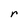
Character: r